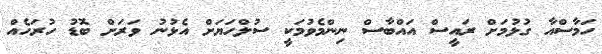
ހަމާސްއާ ގުޅުމަށް ރައީސް އައްބާސް ނިންމެވުމަކީ ސުލްހަޔަށް އެޅުނު ވަރަށް ބޮޑު ހުރަހެއް